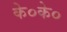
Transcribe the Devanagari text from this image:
के०के०